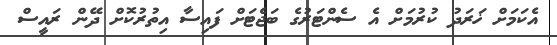
އެކަމަށް ޚަރަދު ކުރުމަށް އެ ސެންޓަރުގެ ބަޖެޓަށް ފައިސާ އިތުރުކޮށް ދޭން ރައީސް